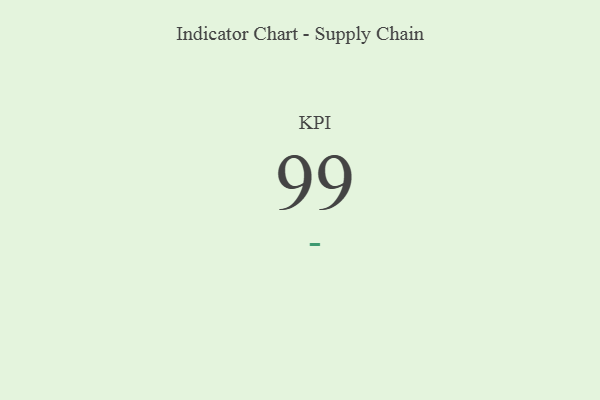
{"axis": {"x": "KPI", "y": "Value"}, "legend": [""], "data": [{"x": "KPI", "y": 99, "type": ""}]}